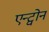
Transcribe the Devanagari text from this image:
एन्ट्वोन